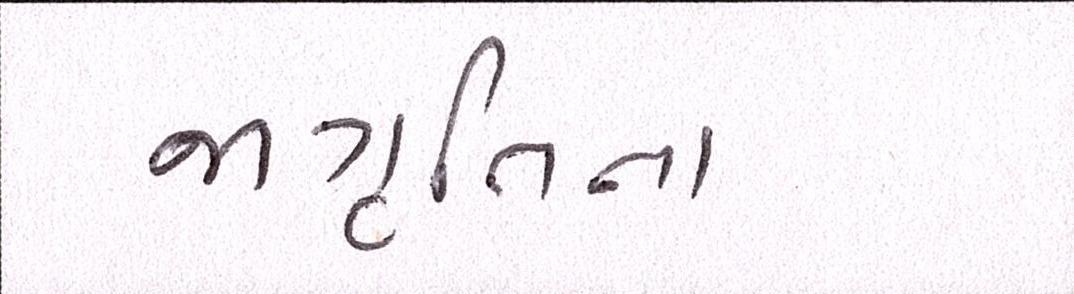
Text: જાગુ્રતિના